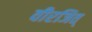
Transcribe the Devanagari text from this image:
वीरजित्